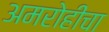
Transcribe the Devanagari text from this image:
अमरोहींचा